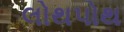
લોથપોથ